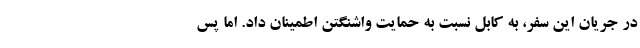
در جریان این سفر، به کابل نسبت به حمایت واشنگتن اطمینان داد. اما پس